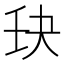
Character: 𫡘